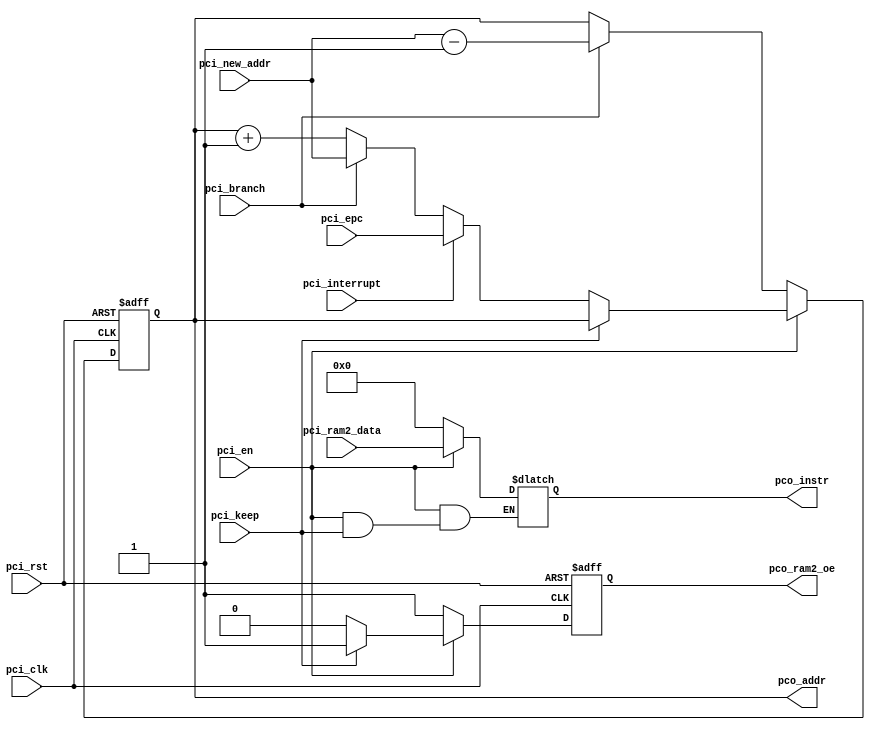
`timescale 1ns / 1ps
//////////////////////////////////////////////////////////////////////////////////
// Company: 
// Engineer: 
// 
// Design Name: 
// Module Name:    pc 
// Project Name: 
// Target Devices: 
// Tool versions: 
// Description: 
//
// Dependencies: 
//
// Revision: 
// Revision 0.01 - File Created
// Additional Comments: 
//
//////////////////////////////////////////////////////////////////////////////////
module pc(
    input pci_clk,
    input pci_rst,
	 input pci_en,
	 input pci_keep,
    input pci_branch,
    input [15:0] pci_new_addr,
    input pci_interrupt,
    input [15:0] pci_epc,
    input [15:0] pci_ram2_data,

    output [15:0] pco_addr,
    output [15:0] pco_instr,
	 output pco_ram2_oe
    );
	
	reg [15:0] reg_pc;
	reg [15:0] reg_instr;
	reg reg_oe;

	always @(posedge pci_clk or negedge pci_rst) begin
		if (pci_rst == 0) begin
			reg_pc = 0;
			reg_oe = 0;
		end else begin
			if (!pci_en) begin
				reg_oe = 1;
				if (pci_branch == 1) begin
					reg_pc = pci_new_addr - 1;
				end 
			end else if (pci_keep) begin
				reg_oe = 1;
				// keep
			end else begin
				reg_oe = 0;
				if (pci_interrupt == 1) begin
					reg_pc = pci_epc;
				end else if (pci_branch == 1) begin
					reg_pc = pci_new_addr;
				end else begin
					reg_pc = reg_pc + 1;
				end
			end
		end
	end
	always @* begin
		if (!pci_en) 
			reg_instr = 0;
		else if (!pci_keep)
			reg_instr = pci_ram2_data;
	end

	assign pco_addr = reg_pc;
	assign pco_instr = reg_instr;
	assign pco_ram2_oe = reg_oe;

endmodule